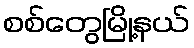
စစ်တွေမြို့နယ်